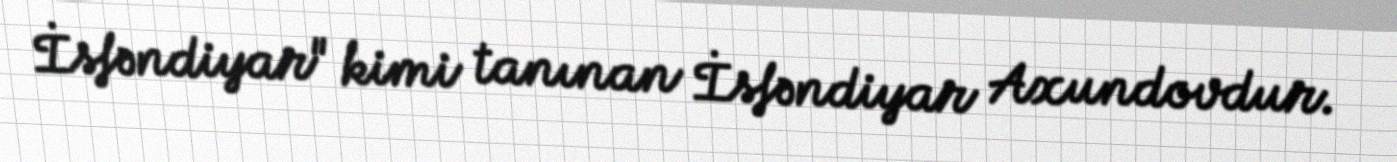
İsfəndiyar" kimi tanınan İsfəndiyar Axundovdur.